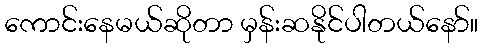
ကောင်းနေမယ်ဆိုတာ မှန်းဆနိုင်ပါတယ်နော်။